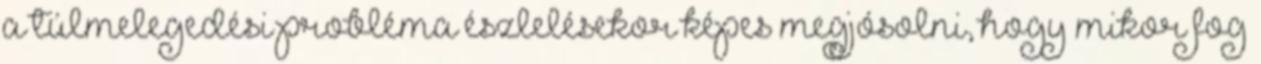
a túlmelegedési probléma észlelésekor képes megjósolni, hogy mikor fog